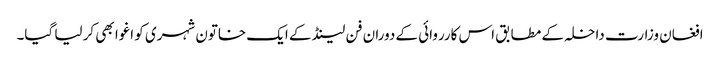
افغان وزارت داخلہ کے مطابق اس کارروائی کے دوران فن لینڈ کے ایک خاتون شہری کو اغوا بھی کر لیا گیا۔